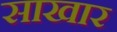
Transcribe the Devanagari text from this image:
साखार